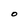
Character: O